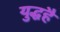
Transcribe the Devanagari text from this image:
युद्धहै